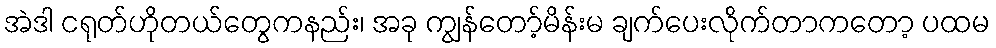
အဲဒါ ငရုတ်ဟိုတယ်တွေကနည်း၊ အခု ကျွန်တော့်မိန်းမ ချက်ပေးလိုက်တာကတော့ ပထမ